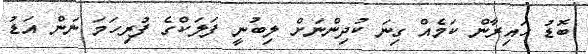
ބޮޑު ހައިރާން ކަމެއް ގިނަ ކުދިންނަށް ލިބުނީ ފަލަކްގެ ފުރިހަމަ ނަން އަޑު